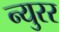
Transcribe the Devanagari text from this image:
न्युरर